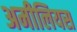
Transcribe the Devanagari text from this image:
अमीलियस